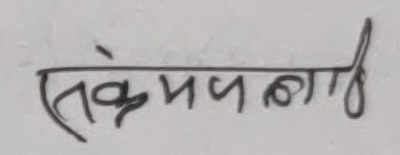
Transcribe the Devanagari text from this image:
संकल्पलाई